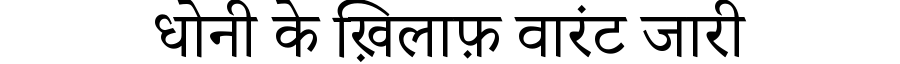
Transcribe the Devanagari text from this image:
धोनी के ख़िलाफ़ वारंट जारी